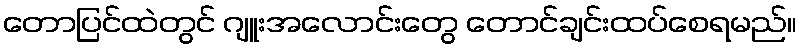
တောပြင်ထဲတွင် ဂျူးအလောင်းတွေ တောင်ချင်းထပ်စေရမည်။